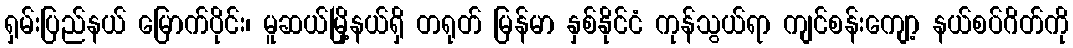
ရှမ်းပြည်နယ် မြောက်ပိုင်း၊ မူဆယ်မြို့နယ်ရှိ တရုတ် မြန်မာ နှစ်နိုင်ငံ ကုန်သွယ်ရာ ကျင်စန်းကျော့ နယ်စပ်ဂိတ်ကို